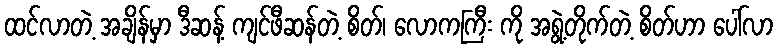
ထင်လာတဲ့ အချိန်မှာ ဒီဆန့် ကျင်ဖီဆန်တဲ့ စိတ်၊ လောကကြီး ကို အရွဲ့တိုက်တဲ့ စိတ်ဟာ ပေါ်လာ